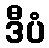
ဒီပံ